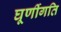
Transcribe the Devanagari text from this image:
घूर्णीगति